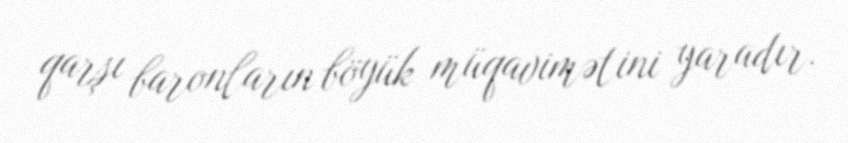
qarşı baronların böyük müqavimətini yaradır.